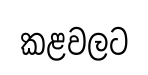
කළවලට